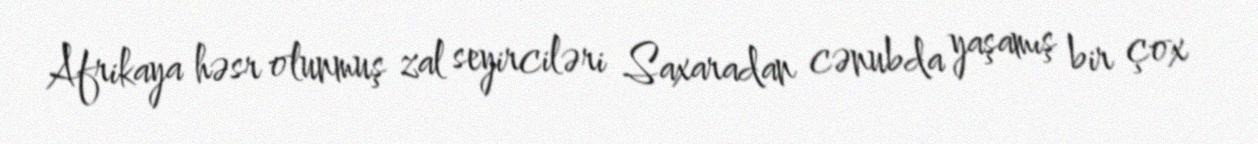
Afrikaya həsr olunmuş zal seyirciləri Saxaradan cənubda yaşamış bir çox